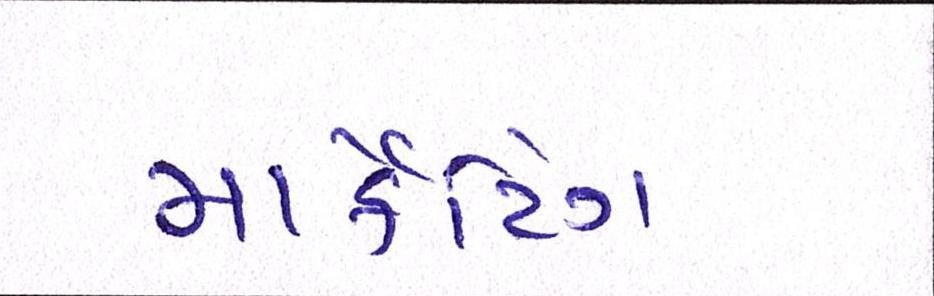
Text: માર્કેટિંગ